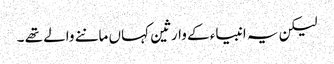
لیکن یہ انبیاء کے وارثین کہاں ماننے والے تھے ۔